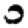
Digit: 0